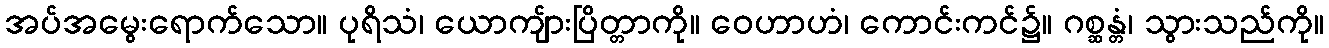
အပ်အမွေးရောက်သော။ ပုရိသံ၊ ယောကျ်ားပြိတ္တာကို။ ဝေဟာဟံ၊ ကောင်းကင်၌။ ဂစ္ဆန္တံ၊ သွားသည်ကို။